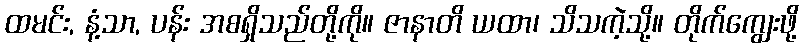
ထမင်း, နံ့သာ, ပန်း အစရှိသည်တို့ကို။ ဇာနာတိ ယထာ၊ သိသကဲ့သို့။ တိုက်ကျွေးဖို့